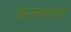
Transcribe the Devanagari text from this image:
कालगणनेमध्ये